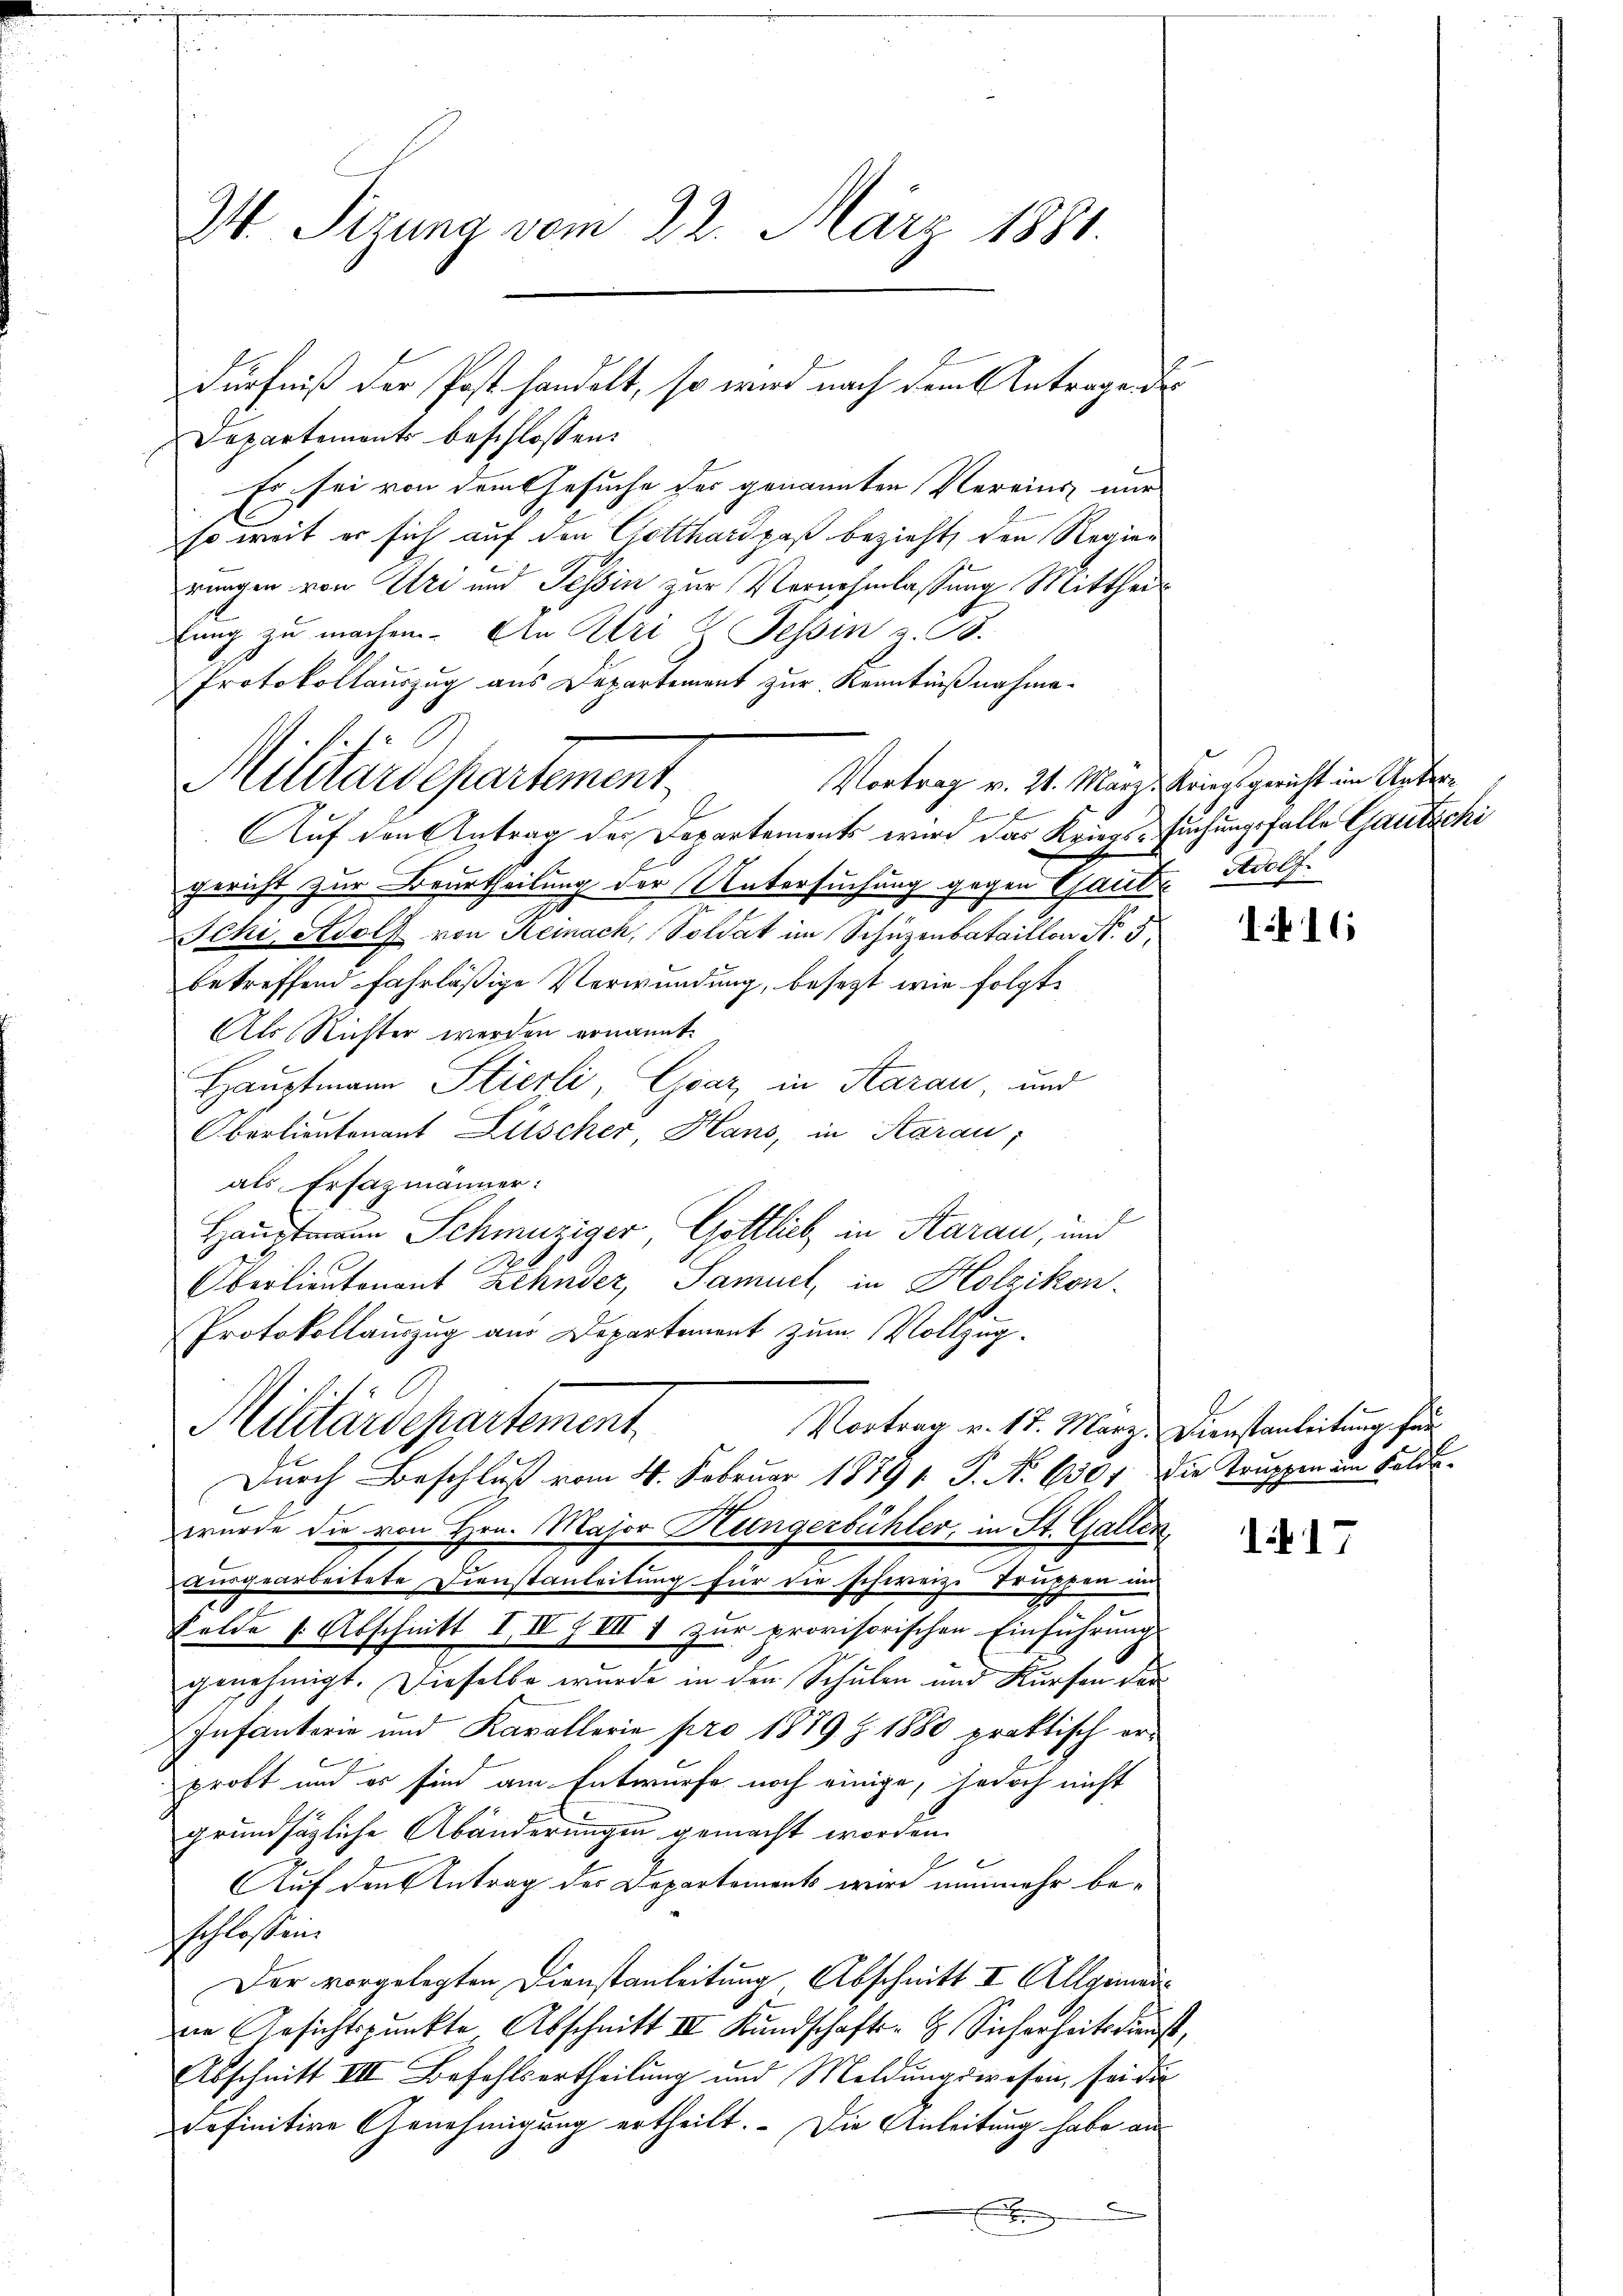
M Sizung vom 22. März 1881.

Departements beschlossen:
Es sei von dem Gesuche der genannten Vereins nur
so weit er sich auf den Gotthard paß bezieht, den Regien
rungen von Uri und Tessin zur Vernehmlassung Mittheitung zu machen. An Uri & Tessin z. B.
Protokollauszug aus Departement zur Kenntnißnahme-
6
Auf den Antrag der Departements wird das Kriegs-Suchungsfalle Gautschi
gericht zur Beurtheilung der Untersuchung gegen Gantz Adolf
Jchi, Adolf von Reinach, Soldat im Schüzenbataillon N. 5,
betreffend fahrläßige Verwundung, besezt wie folgt,
Als Richter werden ernannt.
Hauptmann Stierli, Graz, in Aarau, und
Oberlieutenant Lüscher, Haus, in Aarau
als Ersazmänner:
Hauptmann Schmutziger, Gottlich in Aarau, und
80
Oberlieutenant Zehnder, Samuet, in Holzikon.
Protokollamzug aus Departement zum Vollzug¬
Militärdepartement.
Vortrag v. 18. März. Dienstanleitung für
Durch Beschluß vom 4. Februar 1879 1. P. Nr. 6301. Die Truppen im Felde
wurde die von Hrn. Major Hungerbühler, in St. Gallen,
ausgearbeitete Dienstanleitung für die schweiz. Truppen im
Felde s. Abschnitt III § III 1 zur provisorischen Einführung
genehmigt. Dieselbe wurde in den Schulen und Kursen der
Infanterie und Kavallerie pro 1879. Z. 1880 praktisch er-
probt und es sind am Entwurfe noch einige, jedoch nicht
grundsätzliche Abänderungen gemacht worden.
Auf den Antrag des Departements wird nunmehr befschlossen.
Der vorgelegten Dienstanleitung, Abschnitt I. Allgemeindie Ansichtspunkte Abschnitt III Kundschafts-G. Sicherheitsdienst,
Abschnitt III Befehlsertheilung und Meldungswesen, sei die
definitive Genehmigung ertheilt. Die Anleitung habe an
E

.
Militärdepartement

dürfniß der Post handelt, so wird nach dem Antragendes

Vortrag v. 21. März, Kriegsgericht im Unter¬

116

17